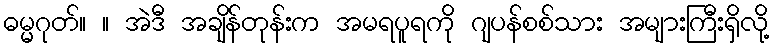
ဓမ္မဂုတ်။ ။ အဲဒီ အချိန်တုန်းက အမရပူရကို ဂျပန်စစ်သား အများကြီးရှိလို့